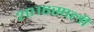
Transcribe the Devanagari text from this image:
२०१६साली